Civil Veterinary Dept. North-West Frontier Province 1901-22 - 1901-1922
Year: 1901
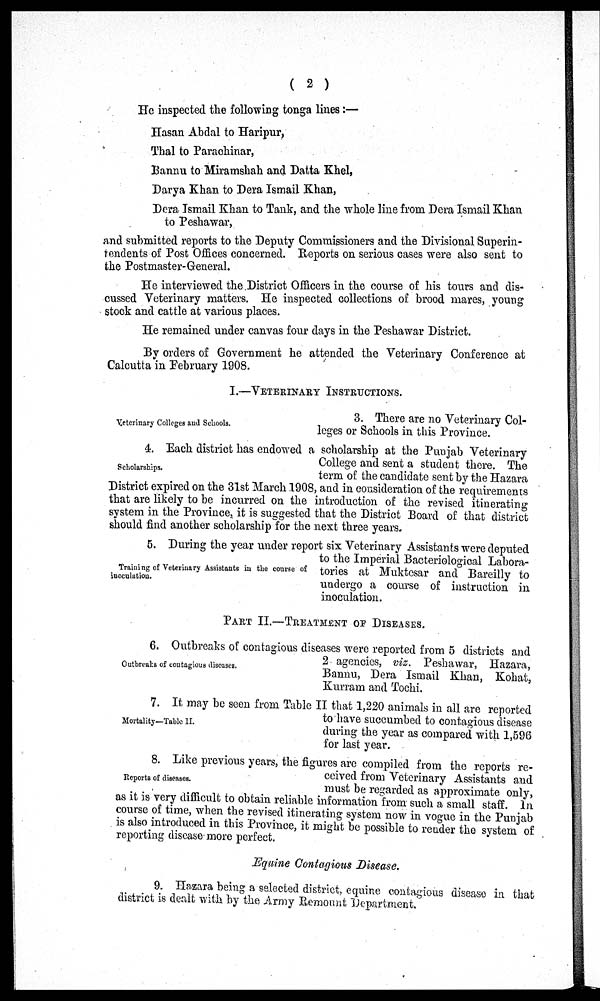
(2)
He inspected the following tonga lines:—
Hasan Abdal to Haripur,
Thal to Parachinar,
Bannu to Miramshah and Datta Khel,
Darya Khan to Dera Ismail Khan,
Dera Ismail Khan to Tank, and the whole line from Dera Ismail Khan
to Peshawar,
and submitted, reports to the Deputy Commissioners and the Divisional Superin-
tendents of Post Offices concerned. Reports on serious cases were also sent to
the Postmaster-General.
He interviewed the District Officers in the course of his tours and dis-
cussed Veterinary matters. He inspected collections of brood mares, young
stock and cattle at various places.
He remained under canvas four days in the Peshawar District.
By orders of Government he attended the Veterinary Conference at
Calcutta in February 1908.
I.—VETERINARY INSTRUCTIONS.
Veterinary Colleges and Schools.
3. There are no Veterinary Col-
leges or Schools in this Province.
Scholarships.
4. Each district has endowed a scholarship at the Punjab Veterinary
College and sent a student there. The
term of the candidate sent by the Hazara
District expired on the 31st March 1908, and in consideration of the requirements
that are likely to be incurred on the introduction of the revised itinerating
system in the Province, it is suggested that the District Board of that district
should find another scholarship for the next three years.
Training of Veterinary Assistants in the course of
inoculation.
5. During the year under report six Veterinary Assistants were deputed
to the Imperial Bacteriological Labora-
tories at Muktesar and Bareilly to
undergo a course of instruction in
inoculation.
PART II.—TREATMENT OF DISEASES.
Outbreaks of contagious diseases.
6. Outbreaks of contagious diseases were reported from 5 districts and
2 agencies, viz. Peshawar, Hazara,
Bannu, Dera Ismail Khan, Kohat,
Kurram and Tochi.
Mortality—Table II.
7. It may be seen from Table II that 1,220 animals in all are reported
to have succumbed to contagious disease
during the year as compared with 1,596
for last year.
Reports of diseases.
8. Like previous years, the figures are compiled from the reports re-
ceived from Veterinary Assistants and
must be regarded as approximate only,
as it is very difficult to obtain reliable information from such a small staff. In
course of time, when the revised itinerating system now in vogue in the Punjab
is also introduced in this Province, it might be possible to render the system of
reporting disease more perfect.
Equine Contagious Disease.
9. Hazara being a selected district, equine contagious disease in that
district is dealt with by the Army Remount Department.